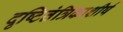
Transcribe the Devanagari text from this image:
दृष्टितंत्रिकाशीर्ष